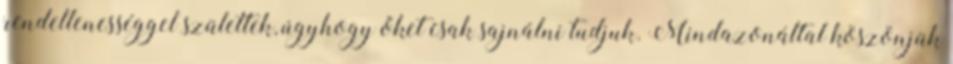
rendellenességgel születtek, úgyhogy őket csak sajnálni tudjuk. Mindazonáltal köszönjük